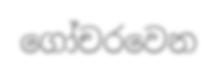
ගෝචරවෙන